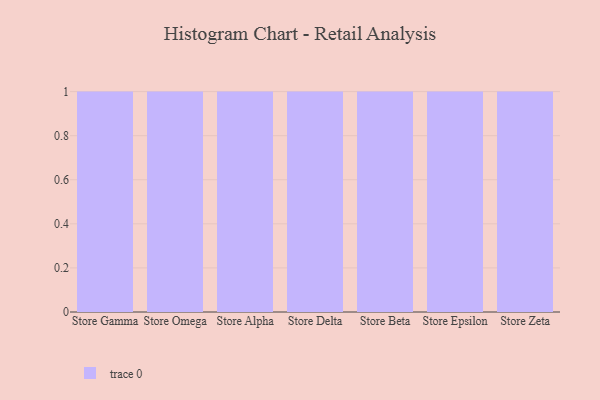
{"axis": {"x": "Store", "y": "Budget (USD K)"}, "legend": [""], "data": [{"x": "Store Gamma", "y": 27, "type": ""}, {"x": "Store Omega", "y": 21, "type": ""}, {"x": "Store Alpha", "y": 19, "type": ""}, {"x": "Store Delta", "y": 63, "type": ""}, {"x": "Store Beta", "y": 1, "type": ""}, {"x": "Store Epsilon", "y": 93, "type": ""}, {"x": "Store Zeta", "y": 18, "type": ""}]}